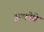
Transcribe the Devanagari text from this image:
इन्फ़ोवे